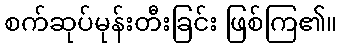
စက်ဆုပ်မုန်းတီးခြင်း ဖြစ်ကြ၏။